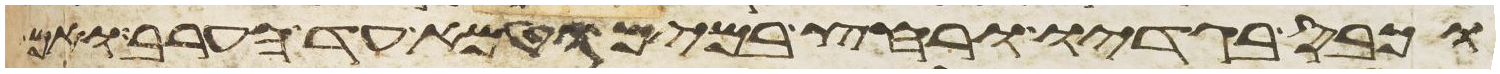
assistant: וכבס בגדיו ורחץ במים וטמא עד הערב ואם